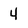
Character: 4